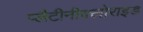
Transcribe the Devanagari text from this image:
प्लैटीनीक्लोराइड